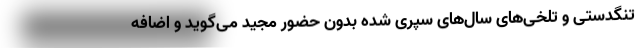
تنگدستی و تلخی‌های سال‌های سپری شده بدون حضور مجید می‌گوید و اضافه